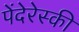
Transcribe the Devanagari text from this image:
पेंदेरेस्की